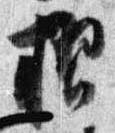
摺